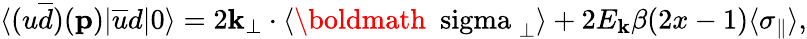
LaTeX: \langle(u\overline{{{d}}})({\mathbf p})|\overline{{{u}}}d|0\rangle=2{\mathbf k}_{\perp}\cdot\langle\mathrm{\boldmath{~\ sigma~}}_{\perp}\rangle+2E_{{\mathbf k}}\beta(2x-1)\langle\sigma_{\parallel}\rangle,